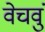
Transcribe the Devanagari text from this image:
वेचवुं